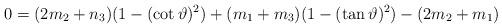
LaTeX: \begin{align*} 0=(2m_{2}+n_{3}) (1-(\cot \vartheta )^{2})+(m_{1}+m_{3}) (1-(\tan \vartheta )^{2}) -(2m_{2}+m_{1})\end{align*}